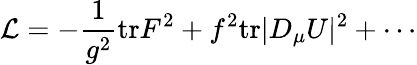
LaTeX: {\cal L}=-\frac{1}{g^{2}}\mathrm{tr}F^{2}+f^{2}\mathrm{tr}|D_{\mu}U|^{2}+\cdots